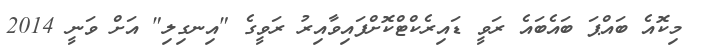
މިކޮއެ ބައްޕަ ބައެބައެ ރަވީ ޑައިރެކްޓްކޮށްފައިވާއިރު ރަވީގެ "އިނގިލި" އަށް ވަނީ 2014